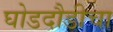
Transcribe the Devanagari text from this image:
घोडदौडीचा